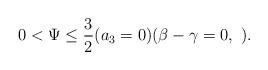
LaTeX: \begin{align*}0<\Psi\leq\frac{3}{2} (a_3=0)(\beta-\gamma=0,\ ).\end{align*}